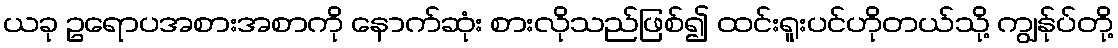
ယခု ဥရောပအစားအစာကို နောက်ဆုံး စားလိုသည်ဖြစ်၍ ထင်းရူးပင်ဟိုတယ်သို့ ကျွန်ုပ်တို့